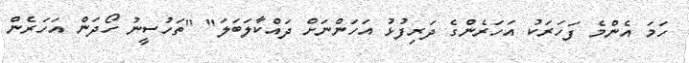
ހަމަ އެންމެ ފަހަރަކު އަހަރެންގެ ދަރިފުޅު އަހަންނަށް ދައްކާލަބަލަ" "ތަހުސީނު ހޯދަން އަހަރެން